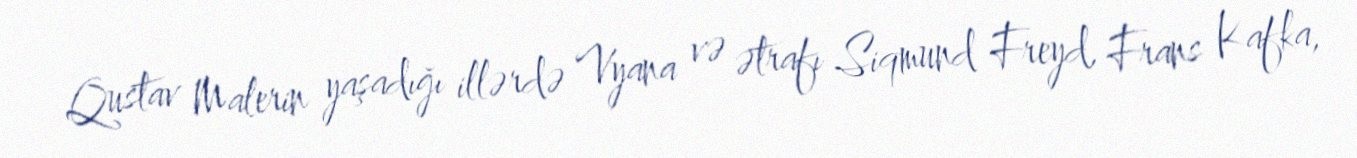
Qustav Malerin yaşadığı illərdə Vyana və ətrafı Siqmund Freyd, Frans Kafka,